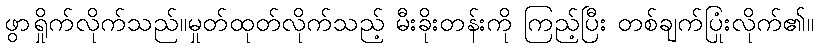
ဖွာရှိုက်လိုက်သည်။မှုတ်ထုတ်လိုက်သည့် မီးခိုးတန်းကို ကြည့်ပြီး တစ်ချက်ပြုံးလိုက်၏။